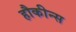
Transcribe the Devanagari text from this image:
हौकीन्स